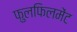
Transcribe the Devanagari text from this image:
फुलफिलमेंट